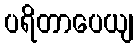
ပရိတာပေယျ